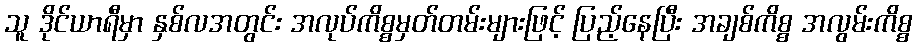
သူ ဒိုင်ယာရီမှာ နှစ်လအတွင်း အလုပ်ကိစ္စမှတ်တမ်းများဖြင့် ပြည့်နေပြီး အချစ်ကိစ္စ အလွမ်းကိစ္စ